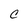
Character: C